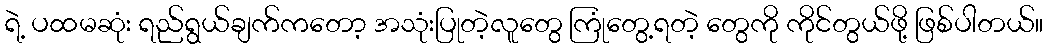
ရဲ့ ပထမဆုံး ရည်ရွယ်ချက်ကတော့ အသုံးပြုတဲ့လူတွေ ကြုံတွေ့ရတဲ့ တွေကို ကိုင်တွယ်ဖို့ ဖြစ်ပါတယ်။